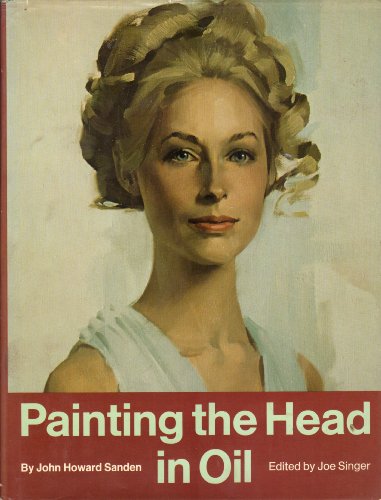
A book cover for Painting the Head in Oil; John Howard Sanden; Arts & Photography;